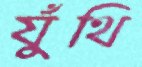
যুঁথি